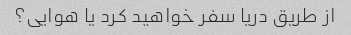
از طریق دریا سفر خواهید کرد یا هوایی؟